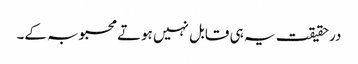
درحقیقت یہ ہی قابل نہیں ہوتے محبوبہ کے۔